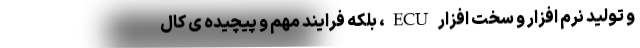
و تولید نرم افزار و سخت افزار ECU، بلکه فرایند مهم و پیچیده ی کال